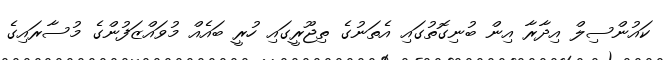
ކައުންސިލް އިދާރާ އިން ބުނިގޮތުގައި އެތަނުގެ ތިޖޫރީގައި ހުރީ ބައެއް މުވައްޒަފުންގެ މުސާރައިގެ